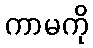
ကာမကို